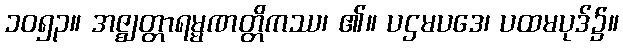
၁၀၅၃။ အဇ္ဈတ္တာရမ္မဏတ္တိကဿ၊ ၏။ ပဌမပဒေ၊ ပထမပုဒ်၌။